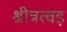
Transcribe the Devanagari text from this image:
श्रीत्रत्वड़